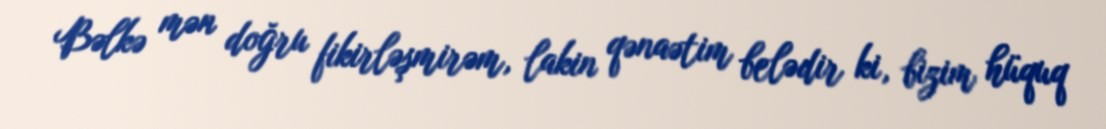
Bəlkə mən doğru fikirləşmirəm, lakin qənaətim belədir ki, bizim hüquq